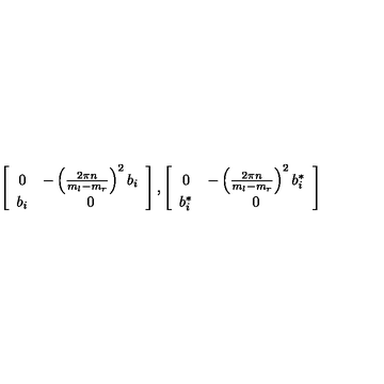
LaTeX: \left[ \begin{array} { c c } { 0 } & { - \left( { \frac { 2 \pi n } { m _ { l } - m _ { r } } } \right) ^ { 2 } b _ { i } } \\ { b _ { i } } & { 0 } \\ \end{array} \right] , \left[ \begin{array} { c c } { 0 } & { - \left( { \frac { 2 \pi n } { m _ { l } - m _ { r } } } \right) ^ { 2 } b _ { i } ^ { * } } \\ { b _ { i } ^ { * } } & { 0 } \\ \end{array} \right]